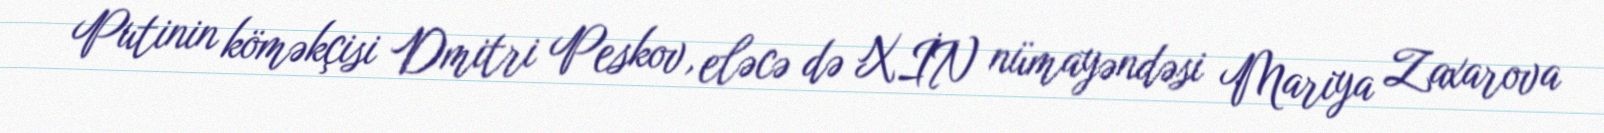
Putinin köməkçisi Dmitri Peskov, eləcə də XİN nümayəndəsi Mariya Zaxarova